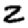
Digit: 2